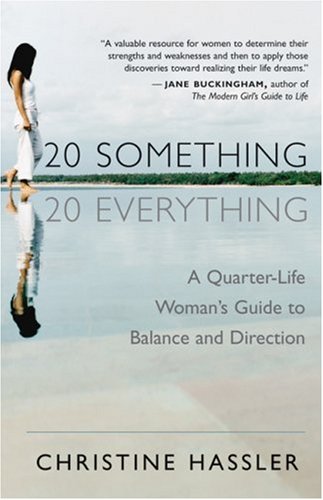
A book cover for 20-Something, 20-Everything: A Quarter-life Woman's Guide to Balance and Direction; Christine Hassler; Self-Help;